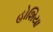
હોશિયા